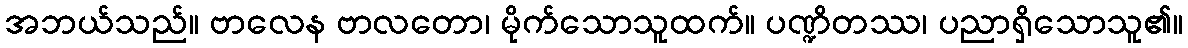
အဘယ်သည်။ ဗာလေန ဗာလတော၊ မိုက်သောသူထက်။ ပဏ္ဍိတဿ၊ ပညာရှိသောသူ၏။